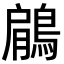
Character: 鵳